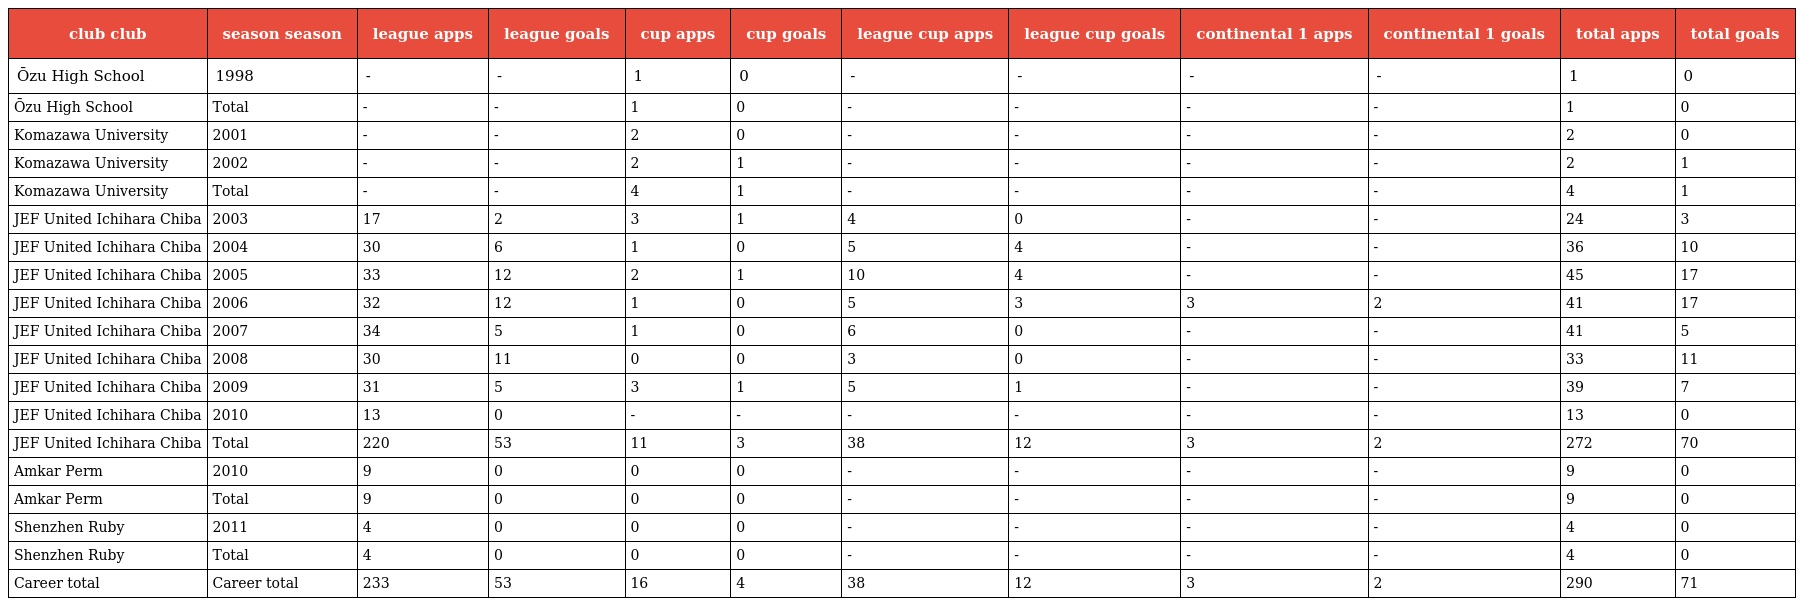
| club club | season season | league apps | league goals | cup apps | cup goals | league cup apps | league cup goals | continental 1 apps | continental 1 goals | total apps | total goals |
 | --- | --- | --- | --- | --- | --- | --- | --- | --- | --- | --- | --- |
 | Ōzu High School | 1998 | - | - | 1 | 0 | - | - | - | - | 1 | 0 |
 | Ōzu High School | Total | - | - | 1 | 0 | - | - | - | - | 1 | 0 |
 | Komazawa University | 2001 | - | - | 2 | 0 | - | - | - | - | 2 | 0 |
 | Komazawa University | 2002 | - | - | 2 | 1 | - | - | - | - | 2 | 1 |
 | Komazawa University | Total | - | - | 4 | 1 | - | - | - | - | 4 | 1 |
 | JEF United Ichihara Chiba | 2003 | 17 | 2 | 3 | 1 | 4 | 0 | - | - | 24 | 3 |
 | JEF United Ichihara Chiba | 2004 | 30 | 6 | 1 | 0 | 5 | 4 | - | - | 36 | 10 |
 | JEF United Ichihara Chiba | 2005 | 33 | 12 | 2 | 1 | 10 | 4 | - | - | 45 | 17 |
 | JEF United Ichihara Chiba | 2006 | 32 | 12 | 1 | 0 | 5 | 3 | 3 | 2 | 41 | 17 |
 | JEF United Ichihara Chiba | 2007 | 34 | 5 | 1 | 0 | 6 | 0 | - | - | 41 | 5 |
 | JEF United Ichihara Chiba | 2008 | 30 | 11 | 0 | 0 | 3 | 0 | - | - | 33 | 11 |
 | JEF United Ichihara Chiba | 2009 | 31 | 5 | 3 | 1 | 5 | 1 | - | - | 39 | 7 |
 | JEF United Ichihara Chiba | 2010 | 13 | 0 | - | - | - | - | - | - | 13 | 0 |
 | JEF United Ichihara Chiba | Total | 220 | 53 | 11 | 3 | 38 | 12 | 3 | 2 | 272 | 70 |
 | Amkar Perm | 2010 | 9 | 0 | 0 | 0 | - | - | - | - | 9 | 0 |
 | Amkar Perm | Total | 9 | 0 | 0 | 0 | - | - | - | - | 9 | 0 |
 | Shenzhen Ruby | 2011 | 4 | 0 | 0 | 0 | - | - | - | - | 4 | 0 |
 | Shenzhen Ruby | Total | 4 | 0 | 0 | 0 | - | - | - | - | 4 | 0 |
 | Career total | Career total | 233 | 53 | 16 | 4 | 38 | 12 | 3 | 2 | 290 | 71 |